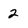
Character: 2